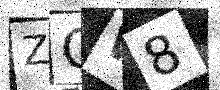
Text: ZCW8